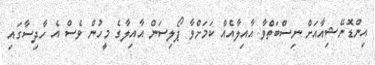
އިންޑޮނޭޝިއާއަށް ނިސްބަތްވާ އާއިލާއެއް ކަމަށްވާ ޕޯލިސަން އާއިލާގެ މީހުން ވެސް އެ ހާދިސާގައި